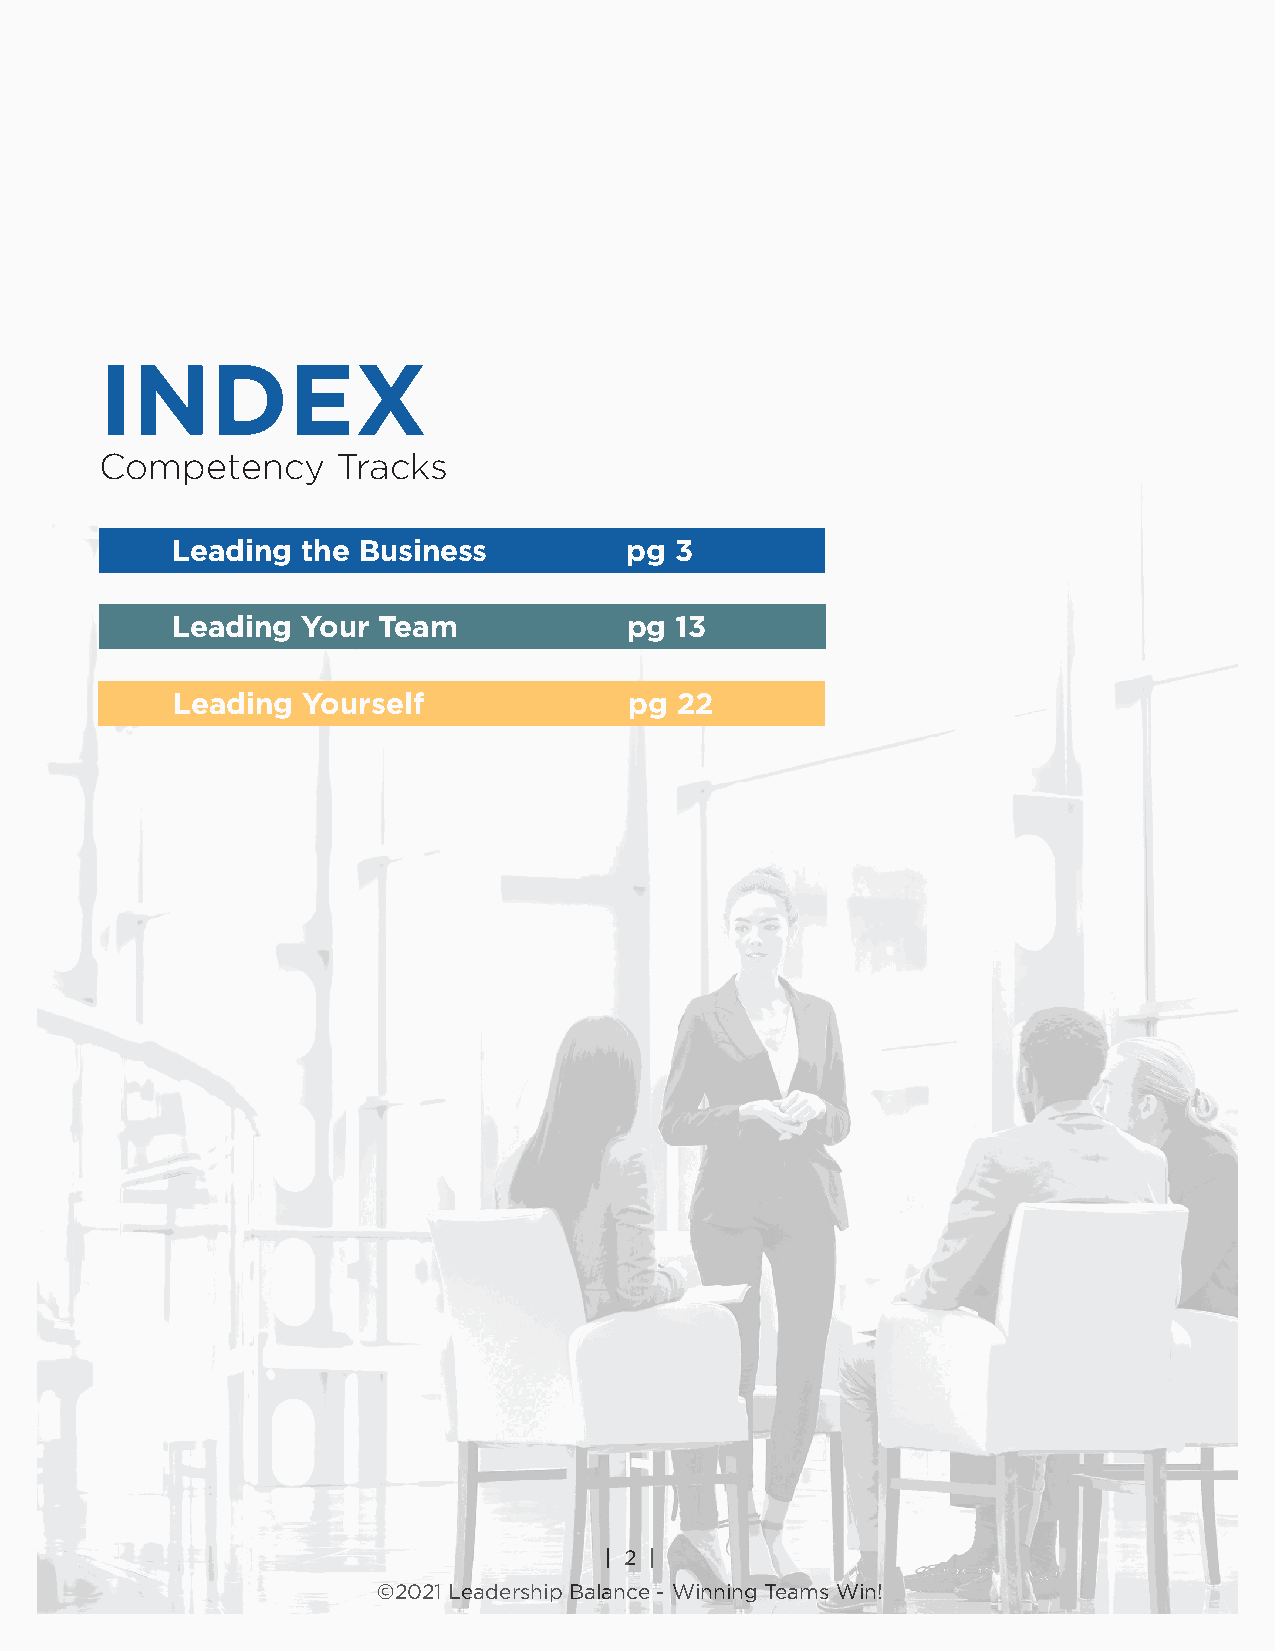
INDEX
 Competency     Tracks
 Leading  the Business         pg  3
 Leading  Your Team            pg  13
 Leading  Yourself              pg 22
 | | 22 | |
 ©2©0202118 LLeeaaddereshrisph Bipala Bncael®a,n dciveis i-o nW ofi nLindeinragnç Ta eGaromups, WInc.in!